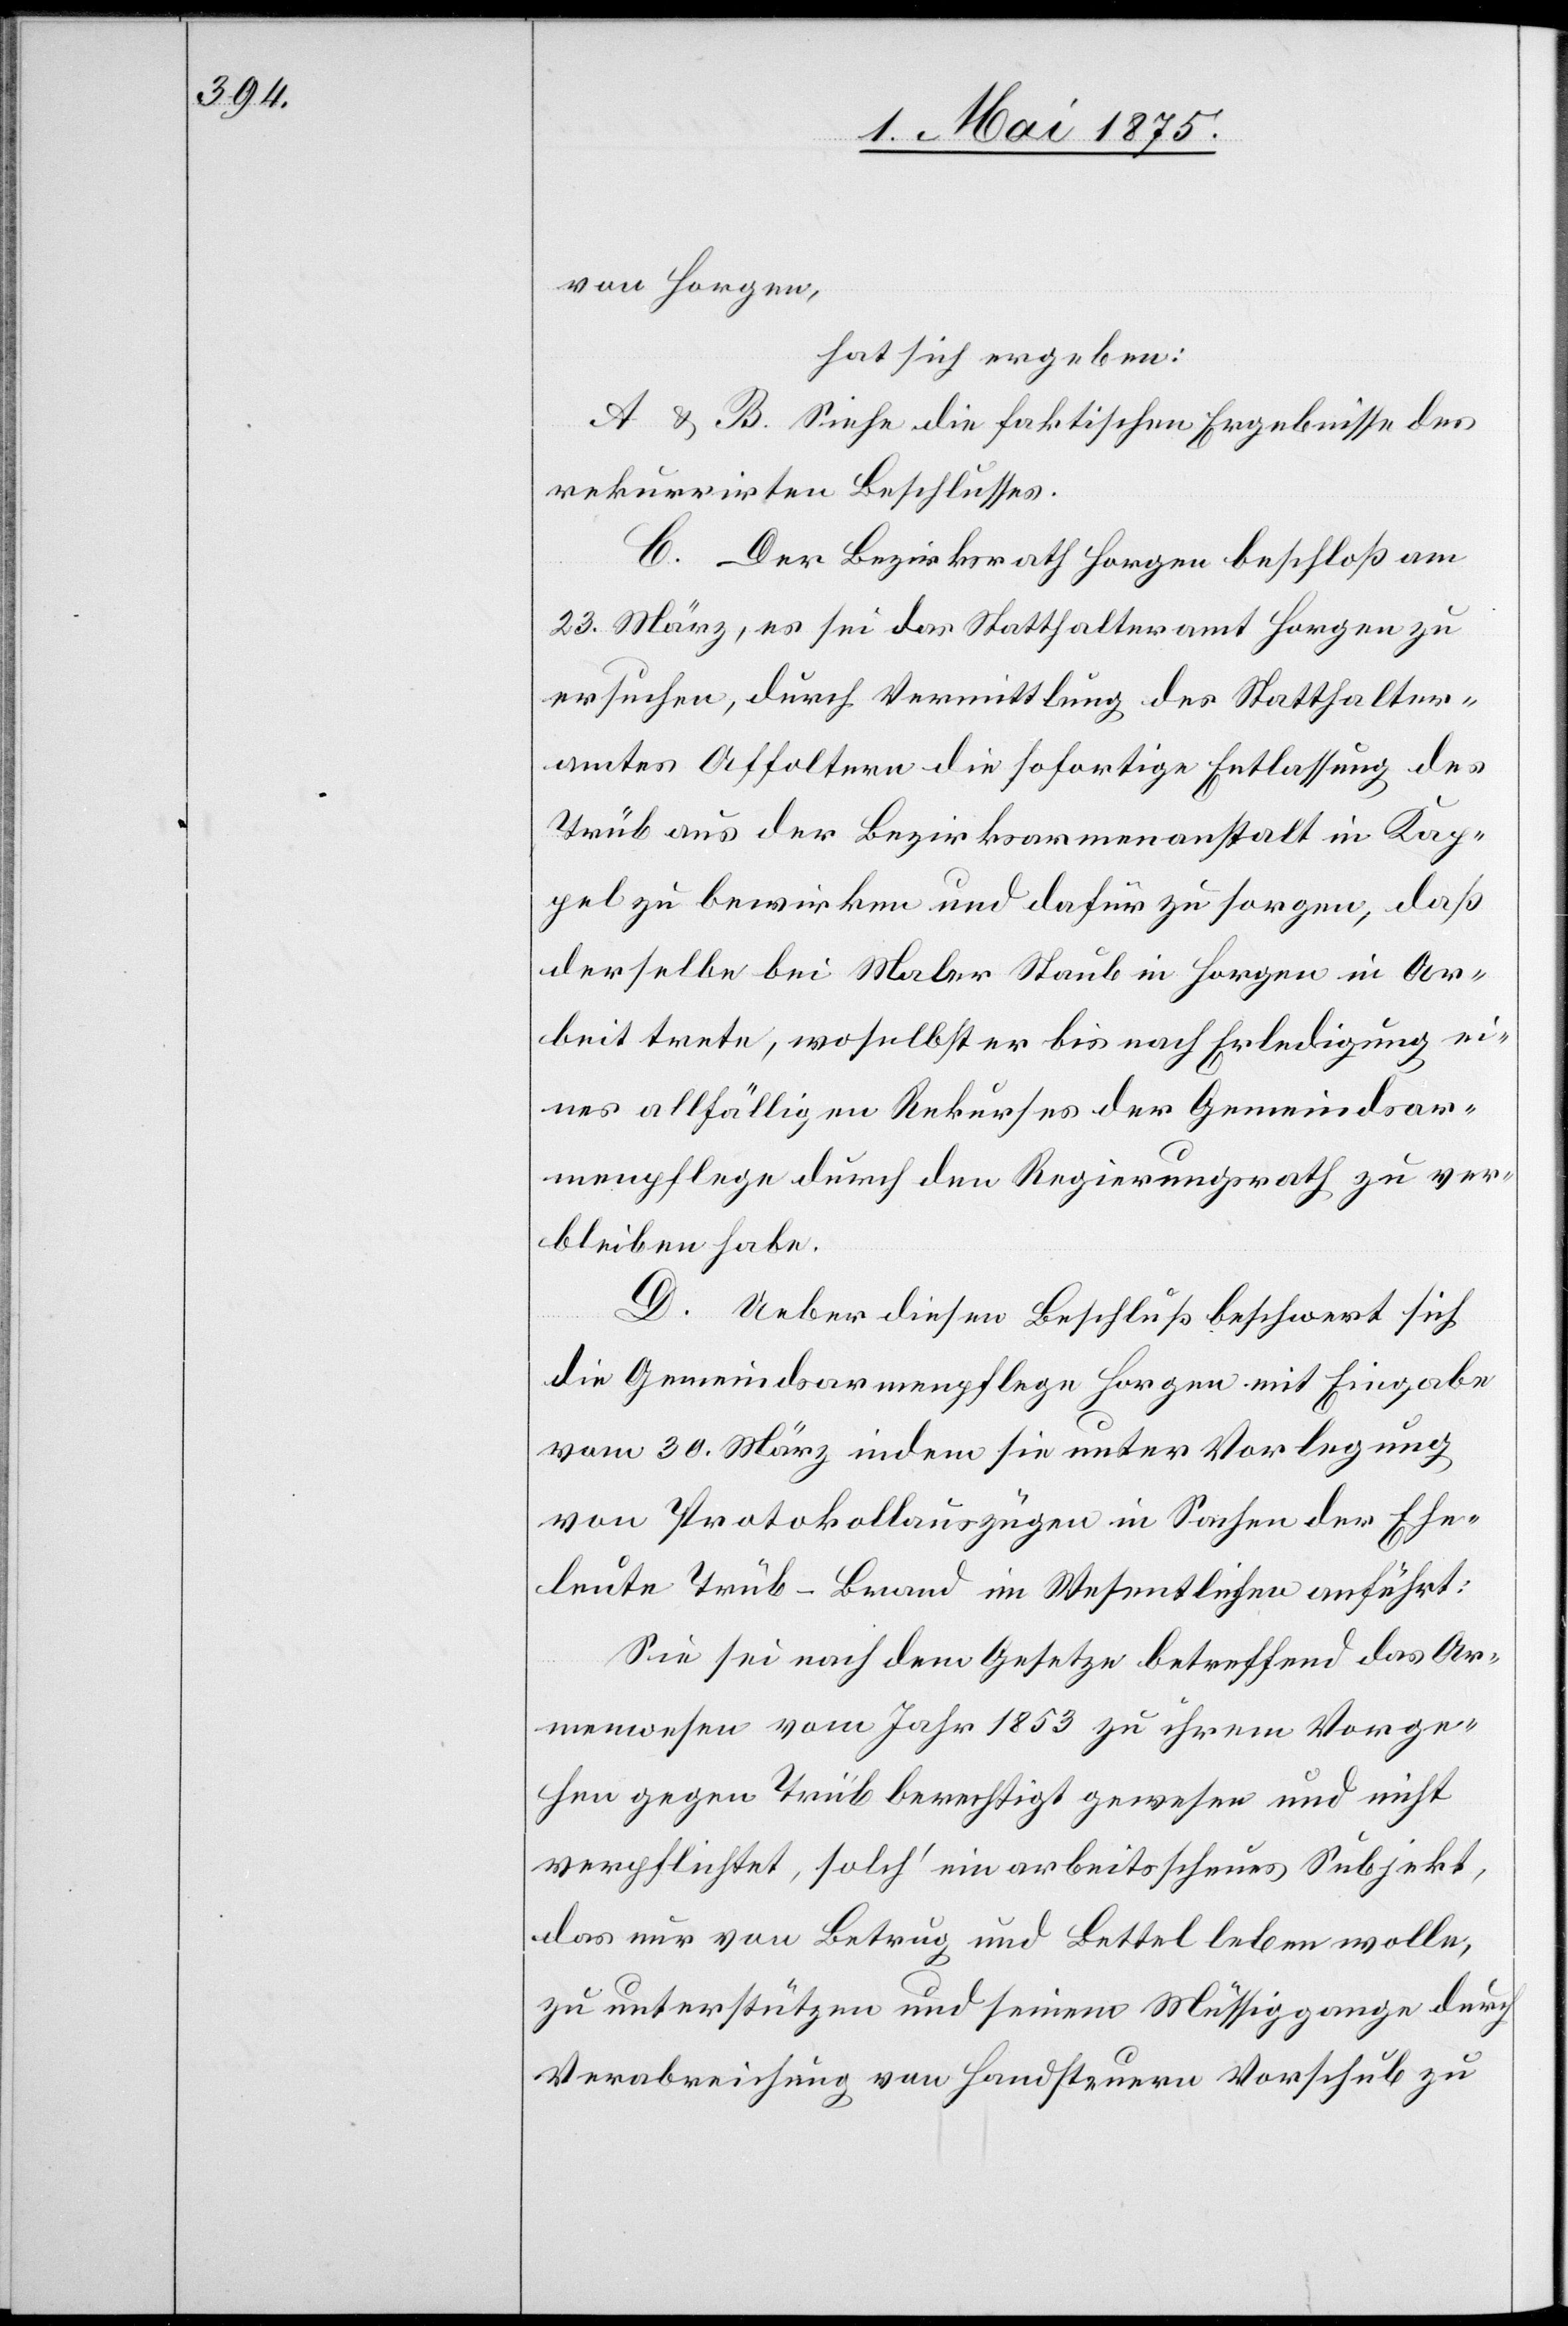
von Horgen,
hat sich ergeben:
A & B. Siehe die faktischen Ergebnisse des
rekurrirten Beschlusses.
C. Der Bezirksrath Horgen beschloß am
23. März, es sei das Statthalteramt Horgen zu
ersuchen, durch Vermittlung des Statthalter¬
amtes Affoltern die sofortige Entlassung des
Trüb aus der Bezirksarmenanstalt in Kap¬
pel zu bewirken und dafür zu sorgen, daß
derselbe bei Maler Staub in Horgen in Ar¬
beit trete, woselbst er bis nach Erledigung ei¬
nes allfälligen Rekurses der Gemeindsar¬
menpflege durch den Regierungsrath zu ver¬
bleiben habe.
D. Ueber diesen Beschluß beschwert sich
die Gemeindsarmenpflege Horgen mit Eingabe
vom 30. März indem sie unter Vorlegung
von Protokollauszügen in Sachen der Ehe¬
leute Trüb-Brand im Wesentlichen anführt:
Sie sei nach dem Gesetze betreffend das Ar¬
menwesen vom Jahr 1853 zu ihrem Vorge¬
hen gegen Trüb berechtigt gewesen und nicht
verpflichtet, solch‘ ein arbeitsscheues Subjekt,
das nur von Betrug und Bettel leben wolle,
zu unterstützen und seinem Müssiggange durch
Verabreichung von Handsteuern Vorschub zu